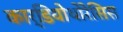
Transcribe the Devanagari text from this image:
कार्डियोथोरेसिस